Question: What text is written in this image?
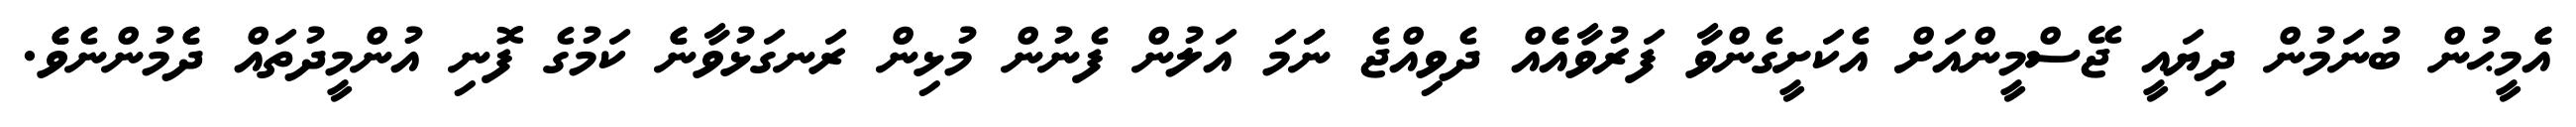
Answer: އެެމީޙުން ބުނަމުން ދިޔައީ ޖޭސްމީންއަށް އެކަށީގެންވާ ފަރުވާއެެއް ދެވިއްޖެ ނަަމަ އަލުން ފެނުން މުޅިން ރަނގަޅުވާނެެ ކަމުގެ ފޮނި އުންމީދުތައް ދެެމުންނެވެެ.